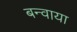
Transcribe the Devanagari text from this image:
बन्वाया